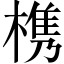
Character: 槜